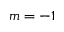
m = - 1